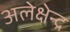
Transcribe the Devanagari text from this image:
अलेक्षेन्द्र